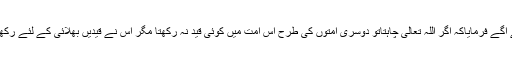
آپ نے آگے فرمایاکہ اگر اللہ تعالیٰ چاہتاتو دوسری امتوں کی طرح اس اُمّت میں کوئی قید نہ رکھتا مگر اس نے قیدیں بھلائی کے لئے رکھی ہیں۔